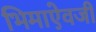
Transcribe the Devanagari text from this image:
भिमाऐवजी